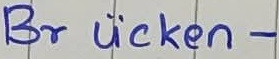
Text: Brücken-